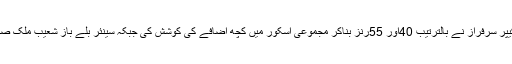
بابر اعظم اور وکٹ کیپر سرفراز نے بالترتیب 40اور 55رنز بناکر مجموعی اسکور میں کچھ اضافے کی کوشش کی جبکہ سینئر بلے باز شعیب ملک صرف17رنز بنا سکے۔